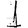
Digit: 1